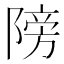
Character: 䧛